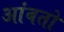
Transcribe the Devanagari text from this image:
आंबतो